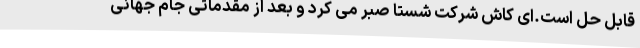
قابل حل است.ای کاش شرکت شستا صبر می کرد و بعد از مقدماتی جام جهانی